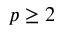
p \ge 2